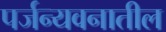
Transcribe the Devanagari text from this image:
पर्जन्यवनातील